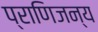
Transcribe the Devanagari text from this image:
प्राणिजन्य